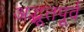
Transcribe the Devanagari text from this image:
अद्भूतपूर्व